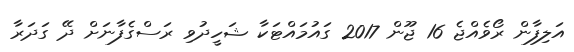
އަލިފާން ރޯވެއްޖެ 16 ޖޫން 2017 ގައުމައްޓަކާ ޝަހީދުވި ރަސްގެފާނަށް ދޭ ގަދަރާ